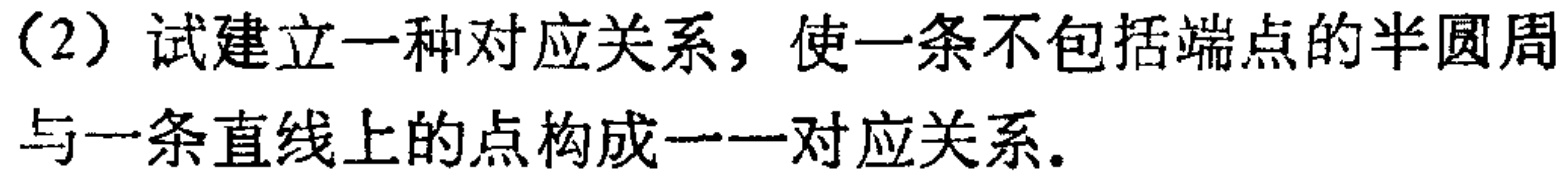
(2) 试建立一种对应关系，使一条不包括端点的半圆周与一条直线上的点构成一一对应关系。